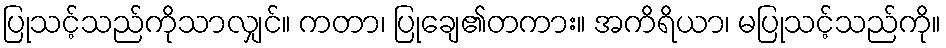
ပြုသင့်သည်ကိုသာလျှင်။ ကတာ၊ ပြုချေ၏တကား။ အကိရိယာ၊ မပြုသင့်သည်ကို။